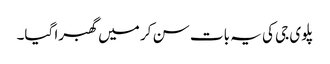
پلوی جی کی یہ بات سن کر میں گھبرا گیا۔